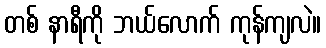
တစ် နာရီကို ဘယ်လောက် ကုန်ကျလဲ။